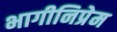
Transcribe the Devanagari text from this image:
भागीनिप्रेम